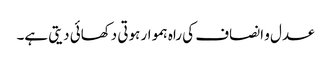
عدل و انصاف کی راہ ہموار ہوتی دکھائی دیتی ہے۔